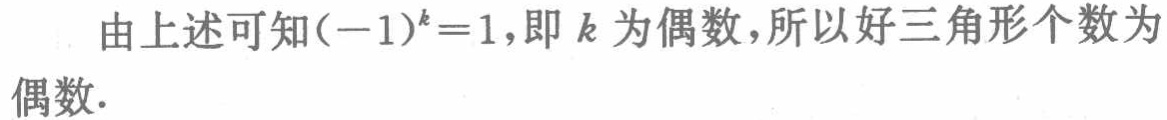
由上述可知\((-1)^{k}=1\)，即 \(k\) 为偶数，所以好三角形个数为偶数.